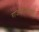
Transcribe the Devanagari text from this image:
राजकरणाच्या